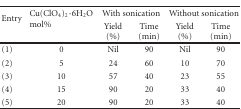
<table><thead><tr><td rowspan="2"><b>Entry</b></td><td rowspan="2"><b>Cu(ClO<sub>4</sub>)<sub>2</sub>·6H<sub>2</sub>O mol%</b></td><td colspan="2"><b>With sonication</b></td><td colspan="2"><b>Without sonication</b></td></tr><tr><td><b>Yield (%)</b></td><td><b>Time (min)</b></td><td><b>Yield (%)</b></td><td><b>Time (min) </b></td></tr></thead><tbody><tr><td>(1)</td><td>0</td><td>Nil</td><td>90</td><td>Nil</td><td>90</td></tr><tr><td>(2)</td><td>5</td><td>24</td><td>60</td><td>10</td><td>70</td></tr><tr><td>(3)</td><td>10</td><td>57</td><td>40</td><td>23</td><td>55</td></tr><tr><td>(4)</td><td>15</td><td>90</td><td>20</td><td>33</td><td>40</td></tr><tr><td>(5)</td><td>20</td><td>90</td><td>20</td><td>33</td><td>40</td></tr></tbody></table>